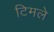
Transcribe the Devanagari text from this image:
टिमले